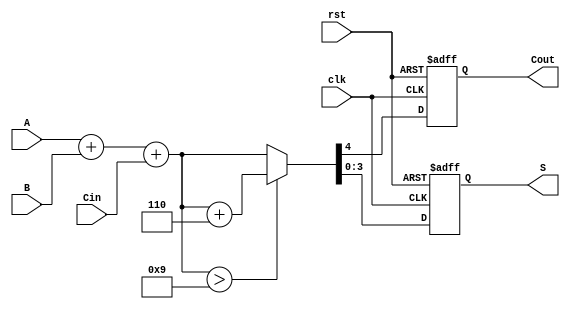
module BCD_Synchronous_Adder (
    input wire clk,          // Clock input
    input wire rst,          // Reset input
    input wire [3:0] A,      // First BCD input
    input wire [3:0] B,      // Second BCD input
    input wire Cin,          // Carry input
    output reg [3:0] S,      // BCD sum output
    output reg Cout          // Carry output
);

    // Internal signals
    reg [4:0] sum;           // 5-bit sum to accommodate carry
    reg correction_needed;    // Flag for BCD correction

    always @(posedge clk or posedge rst) begin
        if (rst) begin
            S <= 4'b0000;
            Cout <= 1'b0;
        end else begin
            // Step 1: Perform binary addition
            sum = A + B + Cin;

            // Step 2: Check if correction is needed (if sum > 9)
            correction_needed = (sum > 5'b01001); // 9 in binary is 01001

            // Step 3: Apply correction if needed
            if (correction_needed) begin
                sum = sum + 5'b00110; // Add 6 (0110) for BCD correction
            end

            // Step 4: Output the BCD result and carry out
            S <= sum[3:0];         // Take lower 4 bits as result
            Cout <= sum[4];        // Take the carry out
        end
    end

endmodule